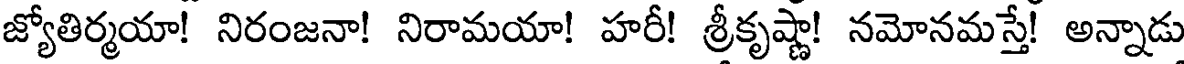
జ్యోతిర్మయా! నిరంజనా! నిరామయా! హరీ! శ్రీకృష్ణా! నమోనమస్తే! అన్నాడు